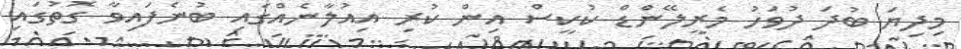
މިދިޔަ ބުދަ ދުވަހު މެރީލޭންޑް ކުކީސް އިން ކުރި އިއުލާނެއްގައި ބުނެފައިވާ ގޮތުގައި